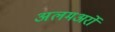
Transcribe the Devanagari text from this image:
अलमअर्रो